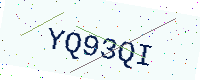
Text: YQ93QI